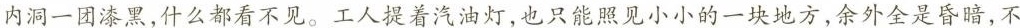
内洞一团漆黑，什么都看不见。工人提着汽油灯，也只能照见小小的一块地方，余外全是昏暗，不